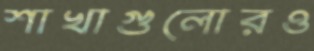
শাখাগুলোরও